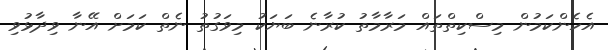
އެހެންކަމުން މިސްކިތްތައް މަރާމާތު ކުރާނެ ބަޔަކު މިވަގުތު ނެތް ކަމަށް އޭނާ ވިދާޅުވި